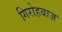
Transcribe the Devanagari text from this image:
गिरोहबाज़